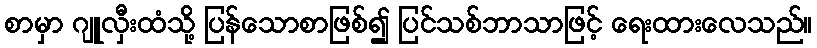
စာမှာ ဂျူလှီးထံသို့ ပြန်သောစာဖြစ်၍ ပြင်သစ်ဘာသာဖြင့် ရေးထားလေသည်။